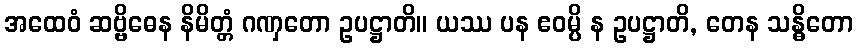
အထေဝံ ဆဗ္ဗိဓေန နိမိတ္တံ ဂဏှတော ဥပဋ္ဌာတိ။ ယဿ ပန ဧဝမ္ပိ န ဥပဋ္ဌာတိ, တေန သန္ဓိတော